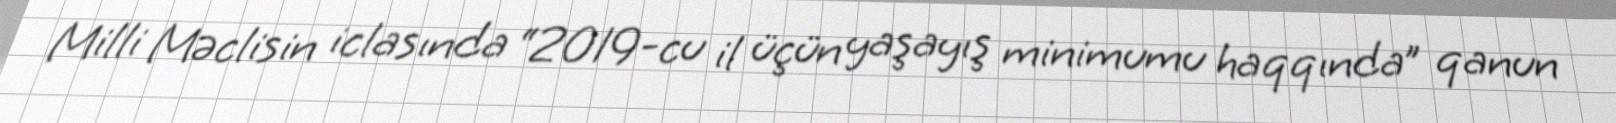
Milli Məclisin iclasında “2019-cu il üçün yaşayış minimumu haqqında” qanun